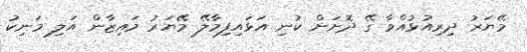
މޭޔަރު ދިރިއުޅުއްވާ ގޭ ދޮށަށް ކުނި އަޅައިފިމާލޭ މޭޔަރު މައިޒާން އަލި މަނިކު